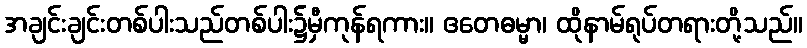
အချင်းချင်းတစ်ပါးသည်တစ်ပါး၌မှီကုန်ရကား။ ဧတေဓမ္မာ၊ ထိုနာမ်ရုပ်တရားတို့သည်။